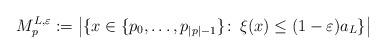
LaTeX: \begin{align*}M^{L,\varepsilon}_p := \left|\{x \in \{p_0, \ldots, p_{|p|-1} \} \colon\, \xi(x) \le (1-\varepsilon) a_L\}\right|\end{align*}